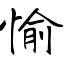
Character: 愉